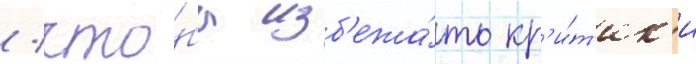
/ что́бы изб'ежа́ть кр'и́т'ик'и